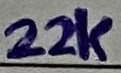
Text: 22K